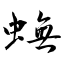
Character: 蟱